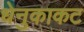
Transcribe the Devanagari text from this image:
धेनुकाकट